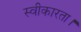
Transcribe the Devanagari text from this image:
स्वीकारता।